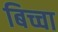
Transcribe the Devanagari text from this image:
बिच्चा